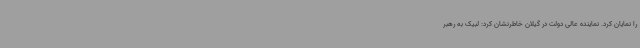
را نمایان کرد. نماینده عالی دولت در گیلان خاطرنشان کرد: لبیک به رهبر